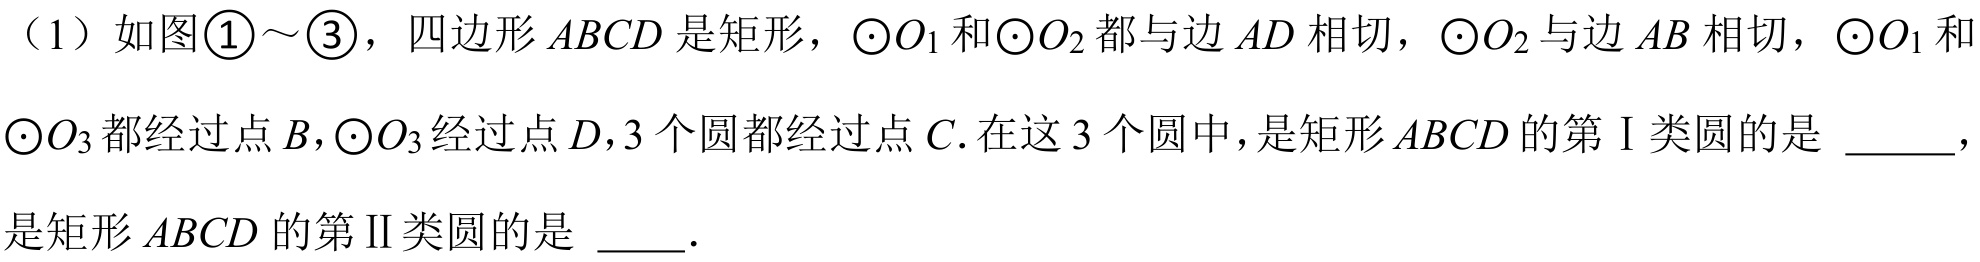
（1）如图\textcircled{1}～\textcircled{3}，四边形\(ABCD\)是矩形，\(\odot O_{1}\)和\(\odot O_{2}\)都与边\(AD\)相切，\(\odot O_{2}\)与边\(AB\)相切，\(\odot O_{1}\)和
\(\odot O_{3}\)都经过点\(B\)，\(\odot O_{3}\)经过点\(D\)，\(3\)个圆都经过点\(C\). 在这\(3\)个圆中，是矩形\(ABCD\)的第Ⅰ类圆的是 \underline{\qquad}，
是矩形\(ABCD\)的第Ⅱ类圆的是 \underline{\qquad}.